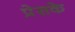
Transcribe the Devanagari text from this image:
प्रेसके